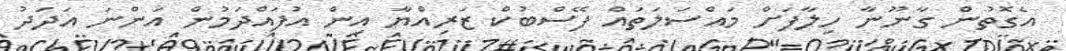
އެގޮތުން ގާނޫނާ ހިލާފަށް މައްސަލަތައް ފޭސްބުކް ޒަރިއްޔާ އިން އުފައްދަމުން އަންނަ އަދަދު